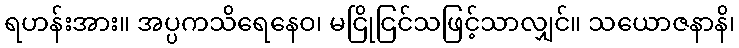
ရဟန်းအား။ အပ္ပကသိရေနေဝ၊ မငြိုငြင်သဖြင့်သာလျှင်။ သယောဇနာနိ၊